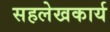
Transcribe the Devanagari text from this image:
सहलेखकार्य